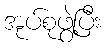
အုပ်စုဖွဲ့ပြီး